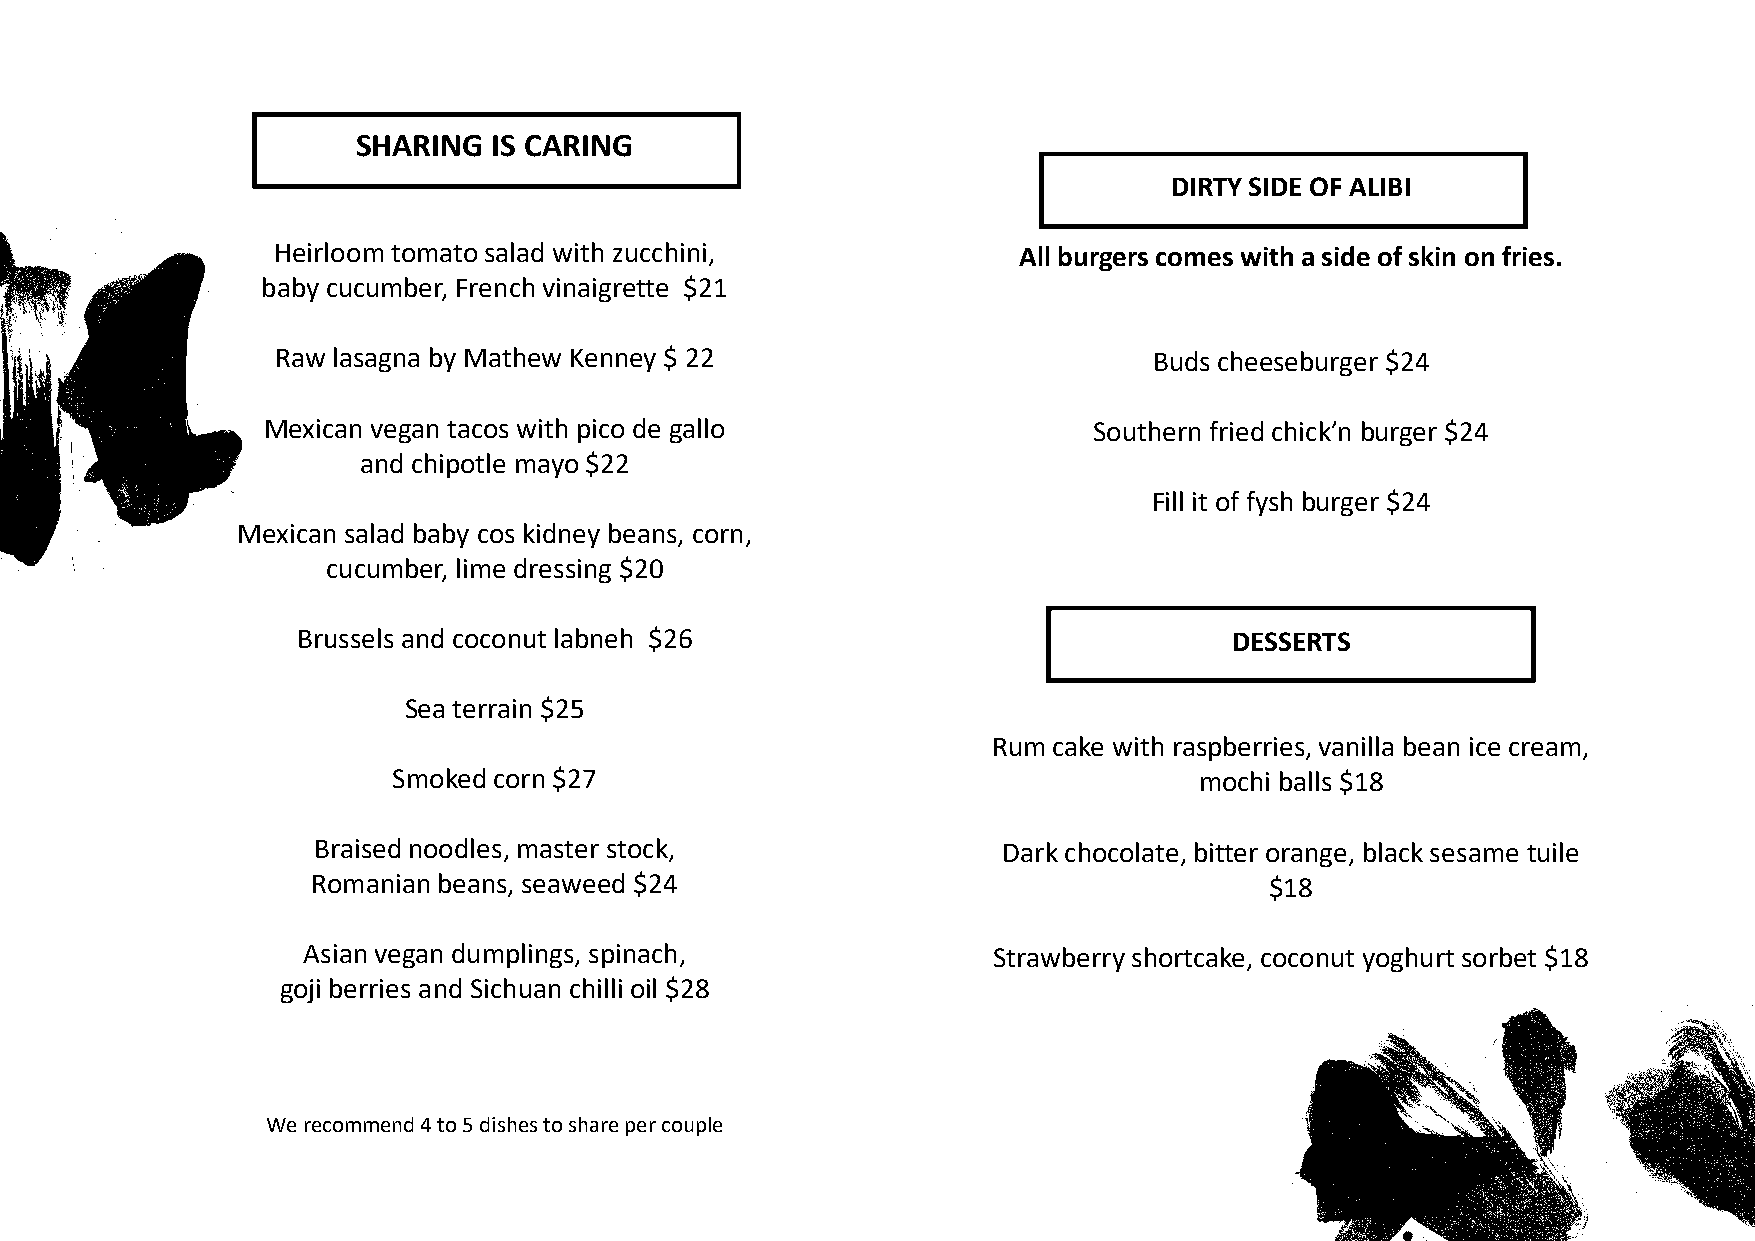
SHARING  IS CARING
 DIRTY SIDE OF ALIBI
 Heirloom tomato salad with zucchini,             All burgers comes with a side of skin on fries.
 baby cucumber, French vinaigrette $21
 Raw lasagna by Mathew Kenney $ 22                         Buds cheeseburger $24
 Mexican vegan tacos with pico de gallo                 Southern fried chick’n burger $24
 and chipotle mayo $22
 Fill it of fysh burger $24
 Mexican salad baby cos kidney beans, corn,
 cucumber, lime dressing $20
 Brussels and coconut labneh $26                               DESSERTS
 Sea terrain $25
 Rum cake with raspberries, vanilla bean ice cream,
 Smoked corn $27                                      mochi balls $18
 Braised noodles, master stock,               Dark chocolate, bitter orange, black sesame tuile
 Romanian beans, seaweed $24                                    $18
 Asian vegan dumplings, spinach,               Strawberry shortcake, coconut yoghurt sorbet $18
 goji berries and Sichuan chilli oil $28
 We recommend 4 to 5 dishes to share per couple